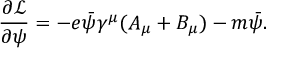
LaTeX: { \frac { \partial { \mathcal { L } } } { \partial \psi } } = - e { \bar { \psi } } \gamma ^ { \mu } ( A _ { \mu } + B _ { \mu } ) - m { \bar { \psi } } .